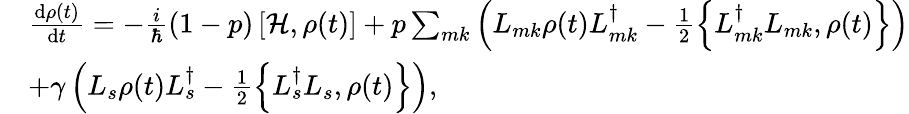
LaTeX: \begin{array}{rl}&{\frac{\mathrm{d}\rho(t)}{\mathrm{d}t}=-\frac{i}{\hbar}(1-p)\left[\mathcal{H},\rho(t)\right]+p\sum_{mk}\left(L_{mk}\rho(t)L_{mk}^{\dagger}-\frac{1}{2}\left\{ L_{mk}^{\dagger}L_{mk},\rho(t)\right\} \right)}\\ &{+\gamma\left(L_{s}\rho(t)L_{s}^{\dagger}-\frac{1}{2}\left\{ L_{s}^{\dagger}L_{s},\rho(t)\right\} \right),}\end{array}